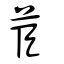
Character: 茞